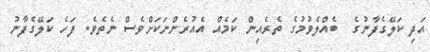
އަދި ކަލޭގެފާނުގެ  ބެއްލެވުމުގެ ތެރެއިން ކަމެއް އެއުރެންނަކަށްވެސް ނެތެވެ. ފަހެ ކަލޭގެފާނު